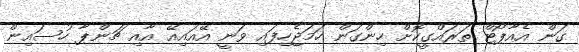
ގަން އެއާޕޯޓް ތަރައްގީކޮށް ހިންގަން ހަމަޖެހިފައި ވަނީ އޭއައިއޭ އާއި ޗަންޕާ ހުސައިން